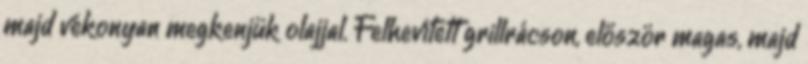
majd vékonyan megkenjük olajjal. Felhevített grillrácson, először magas, majd